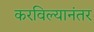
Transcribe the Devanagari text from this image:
करविल्यानंतर